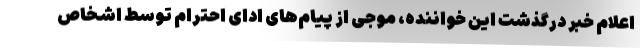
اعلام خبر درگذشت این خواننده، موجی از پیام‌های ادای احترام توسط اشخاص